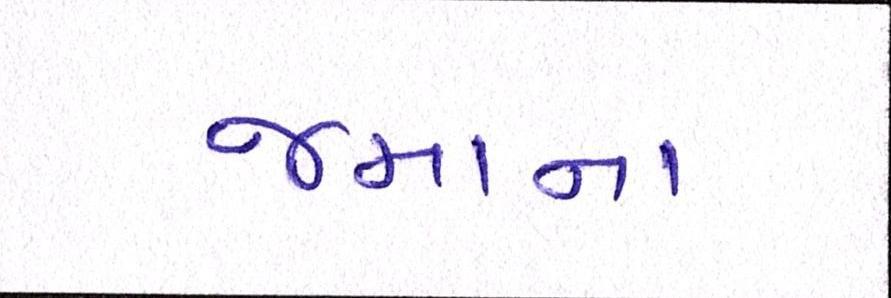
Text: જમાના